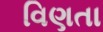
વિણતા